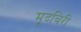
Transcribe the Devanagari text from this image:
मूदबिरी